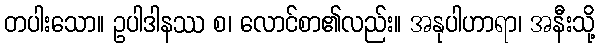
တပါးသော။ ဥပါဒါနဿ စ၊ လောင်စာ၏လည်း။ အနုပါဟာရာ၊ အနီးသို့